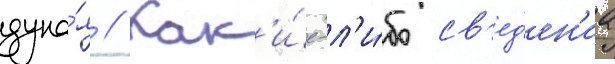
дуна́я // Как'и́е-л'и́бо св'ед'ен'иа